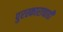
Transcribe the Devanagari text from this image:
पुरस्काराचाही